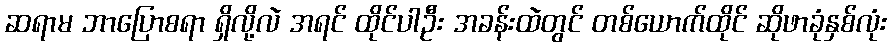
ဆရာမ ဘာပြောစရာ ရှိလို့လဲ အရင် ထိုင်ပါဦး အခန်းထဲတွင် တစ်ယောက်ထိုင် ဆိုဖာခုံနှစ်လုံး